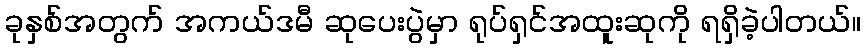
ခုနှစ်အတွက် အကယ်ဒမီ ဆုပေးပွဲမှာ ရုပ်ရှင်အထူးဆုကို ရရှိခဲ့ပါတယ်။